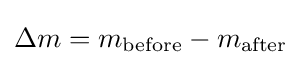
\Delta m=m_{\text{before}}-m_{\text{after}}